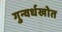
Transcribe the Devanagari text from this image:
गुन्वर्धखोत